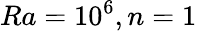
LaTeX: Ra=10^{6},n=1